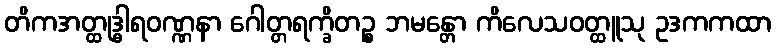
တိကအတ္ထုဒ္ဓါရဝဏ္ဏနာ ဂေါတ္တရက္ခိတဉ္စ ဘမန္တော ကိလေသဝတ္ထူသု ဥဒကကထာ